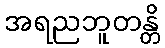
အရညဘူတန္တိ